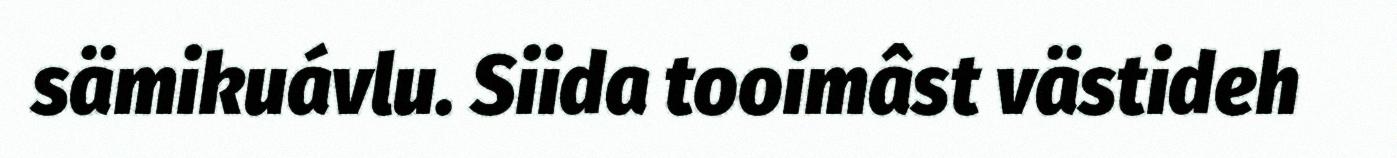
sämikuávlu. Siida tooimâst västideh